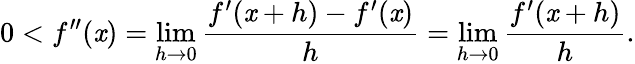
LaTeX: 0<f^{\prime\prime}(\mathit{x})=\operatorname*{lim}_{h\to0}{\frac{{f^{\prime}(\mathit{x}+h)-f^{\prime}(\mathit{x})}}{{h}}}=\operatorname*{lim}_{h\to0}{\frac{{f^{\prime}(\mathit{x}+h)}}{{h}}}.